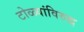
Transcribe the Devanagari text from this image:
टोळ्यांविरुद्ध